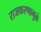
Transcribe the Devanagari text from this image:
राजकरणामुळे